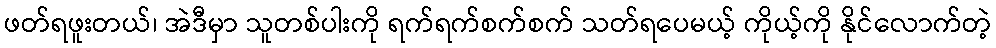
ဖတ်ရဖူးတယ်၊ အဲဒီမှာ သူတစ်ပါးကို ရက်ရက်စက်စက် သတ်ရပေမယ့် ကိုယ့်ကို နိုင်လောက်တဲ့